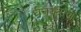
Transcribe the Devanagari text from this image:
धनयंत्रांचा